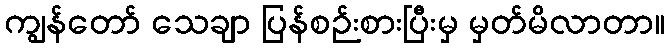
ကျွန်တော် သေချာ ပြန်စဉ်းစားပြီးမှ မှတ်မိလာတာ။